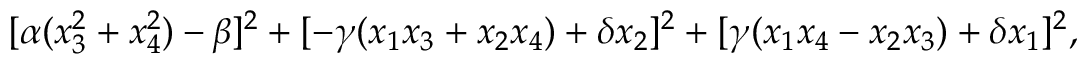
[ \alpha ( x _ { 3 } ^ { 2 } + x _ { 4 } ^ { 2 } ) - \beta ] ^ { 2 } + [ - \gamma ( x _ { 1 } x _ { 3 } + x _ { 2 } x _ { 4 } ) + \delta x _ { 2 } ] ^ { 2 } + [ \gamma ( x _ { 1 } x _ { 4 } - x _ { 2 } x _ { 3 } ) + \delta x _ { 1 } ] ^ { 2 } ,